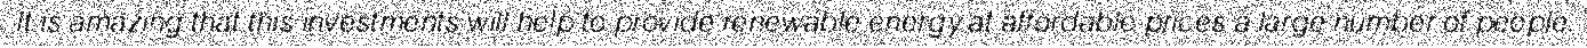
It is amazing that this investments will help to provide renewable energy at affordable prices a large number of people.